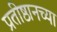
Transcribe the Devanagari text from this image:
प्रतीष्ठानच्या